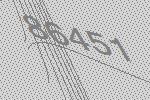
86451